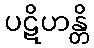
ပဋိဟန္တိ